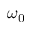
\omega _ { 0 }